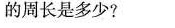
的周长是多少?